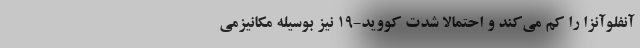
آنفلوآنزا را کم می‌کند و احتمالا شدت کووید-۱۹ نیز بوسیله مکانیزمی